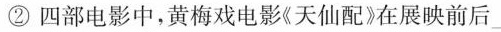
②四部电影中，黄梅戏电影《天仙配》在展映前后